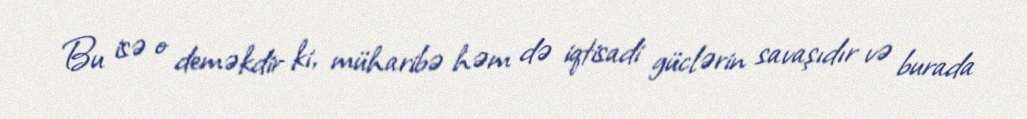
Bu isə o deməkdir ki, müharibə həm də iqtisadi güclərin savaşıdır və burada